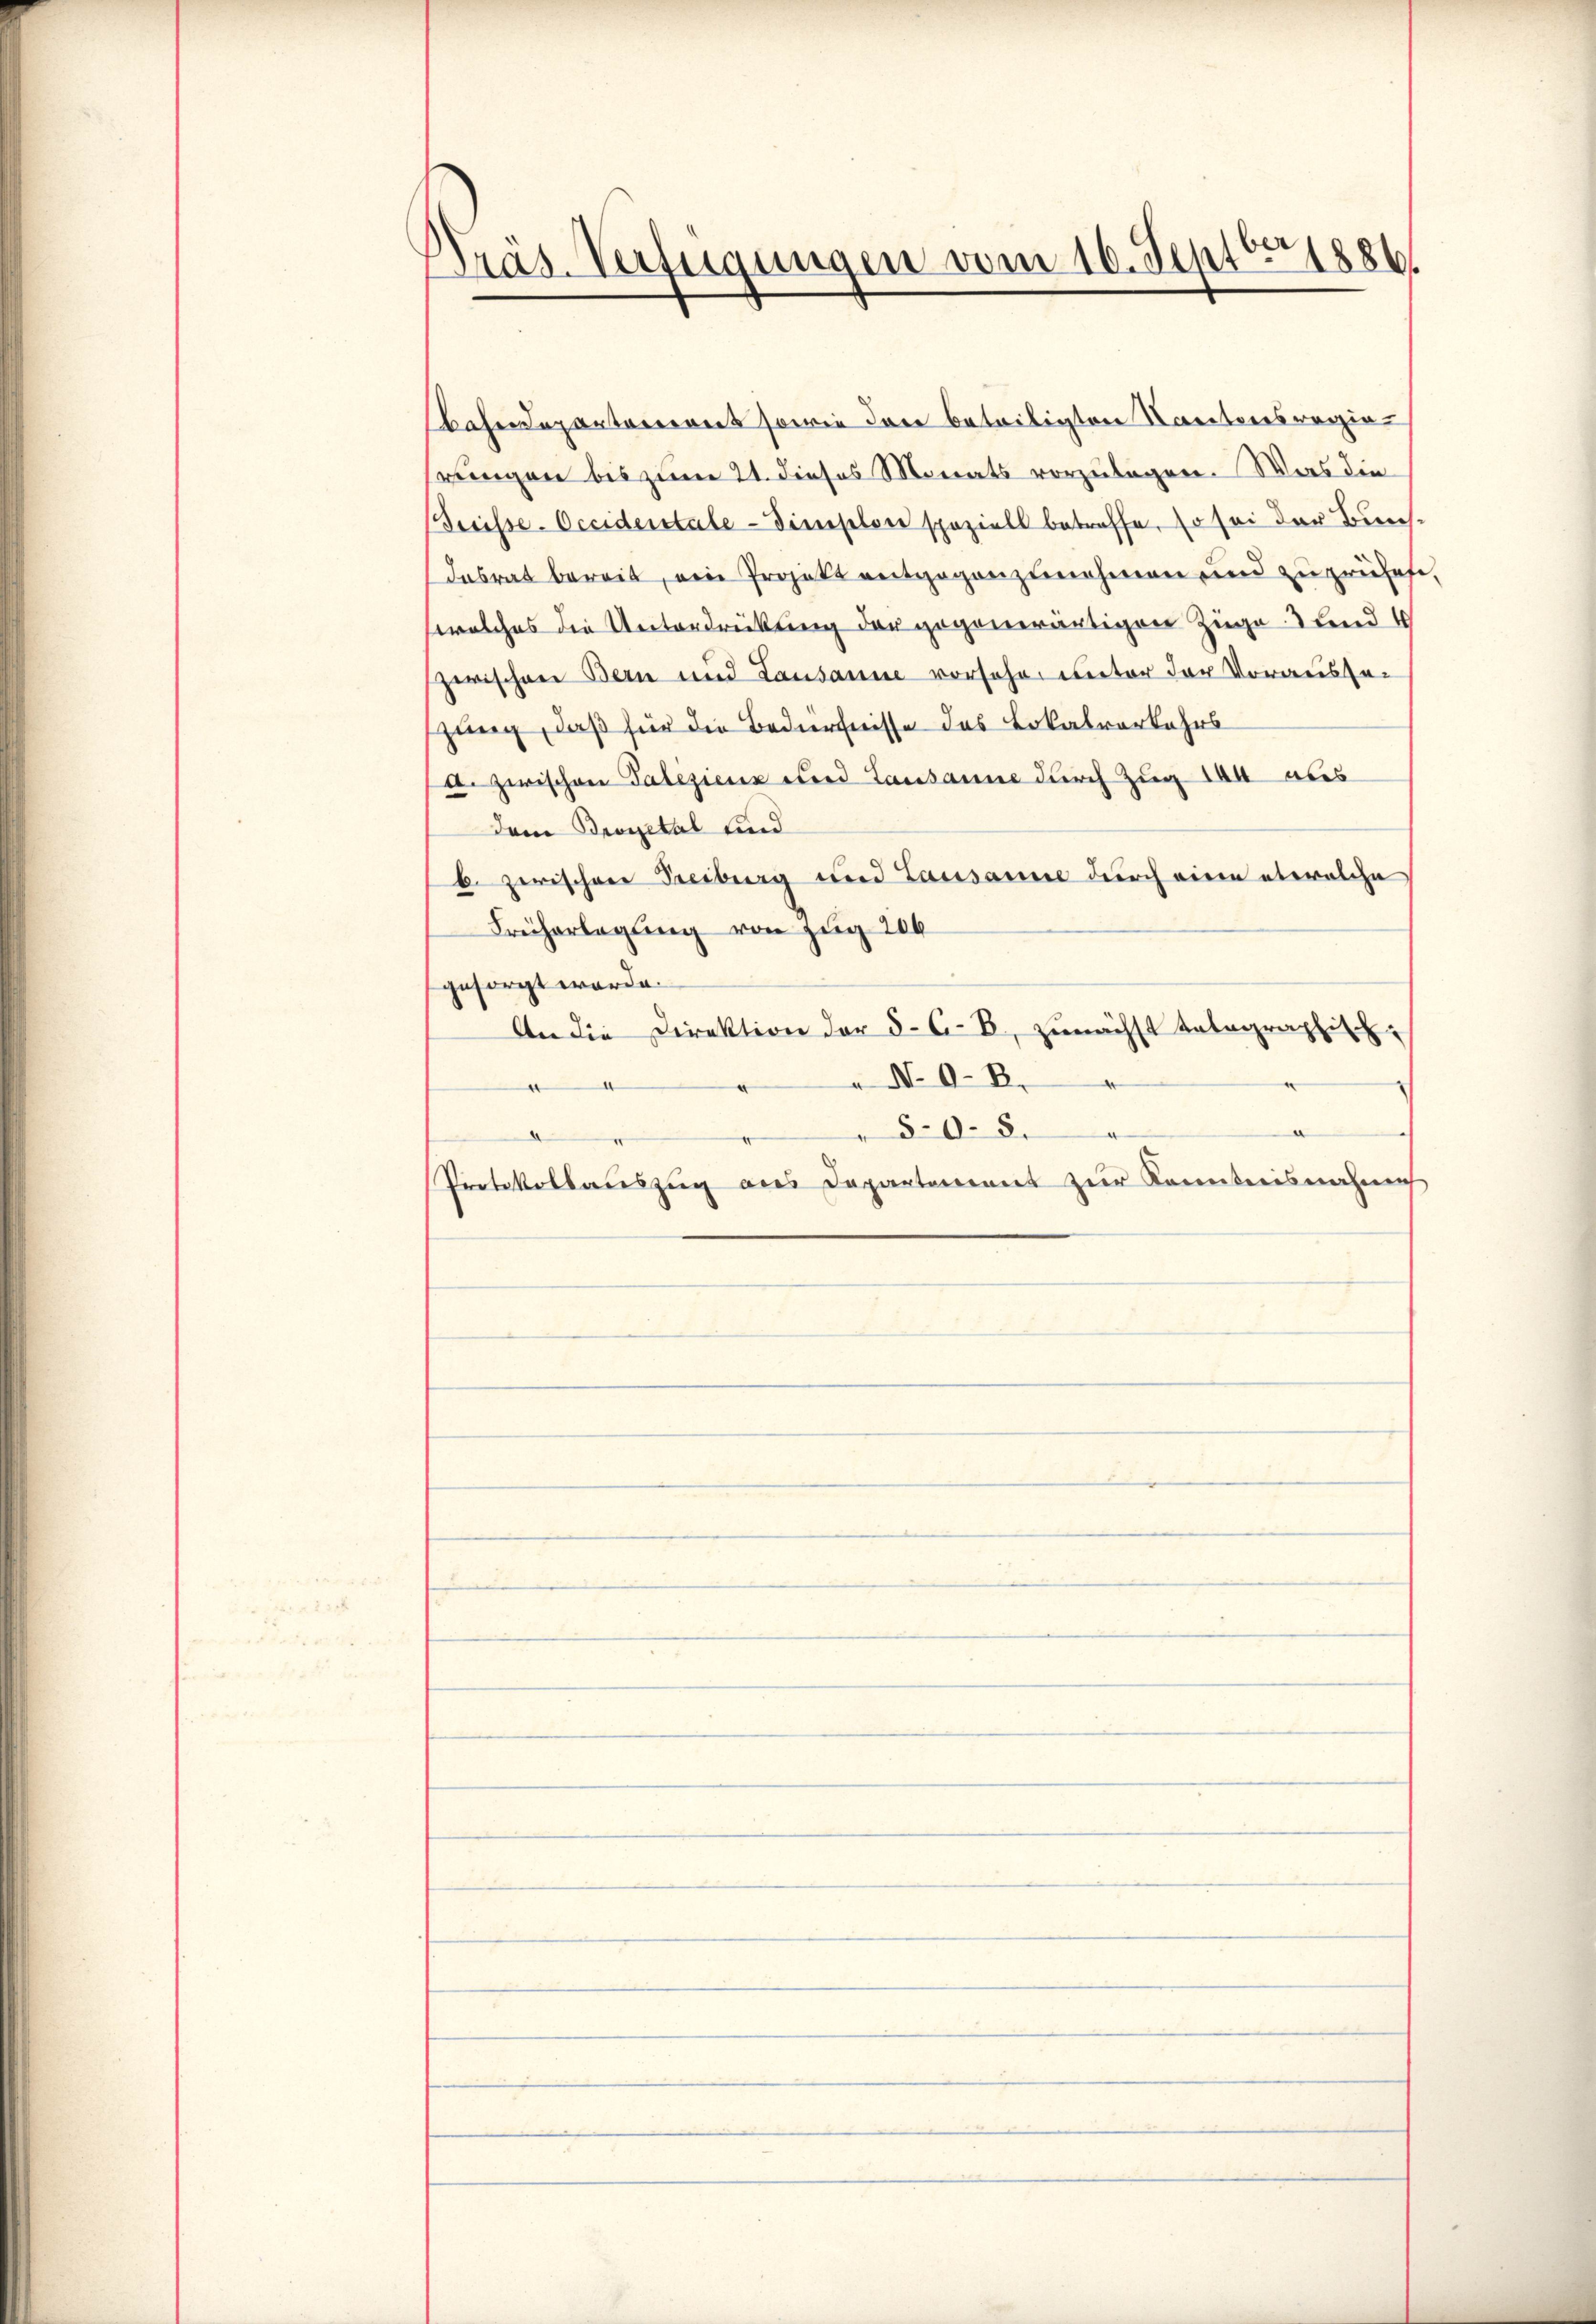
Präs. Verfügungen vom 16. Septbr 1886

Bahndepartement sowie der beteiligten Kantonsregiewungen bis zum 21. dieses Monats vorzulagen. Was die
Breisse-Occidentale - dieselon speziell betreffe, so sei der Bundesrat bereit, ein Projekt entgegenzunehmen und zu prüfete
welches die Unterdrückung der gegenwärtigen Züge und 4
zwischen Bern und Lausanne vorsehe unter der Vorausse-
zung, daß für die Bedürfnisse des Lokalverkehrs
A. Zwischen Galiziens und Lausanne durch Zug 140 aus
dem Prozetal und
b. zerischen Freiburg und Lausanne durch eine etwelche
Freiherlegung von Zug 206
gesorgt worde.
An die Direktion der §. 6. B, zunächst telegraphisch¬
 N. O. B.
.
50. 8.
Protokollauszug aus Departement zur Kenntnisnahme